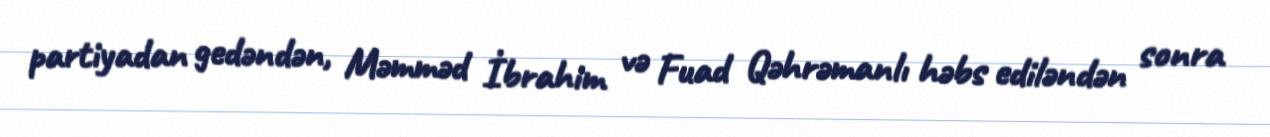
partiyadan gedəndən, Məmməd İbrahim və Fuad Qəhrəmanlı həbs ediləndən sonra